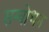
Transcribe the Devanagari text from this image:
सम्वोधन